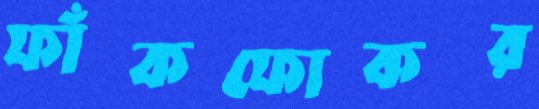
ফাঁকফোকর